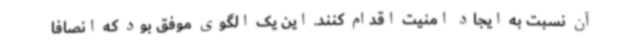
آن نسبت به ایجاد امنیت اقدام کنند. این یک الگوی موفق بود که انصافا